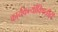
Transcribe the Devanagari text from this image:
कार्यकर्त्यांविषयीही